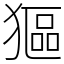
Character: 𤠾